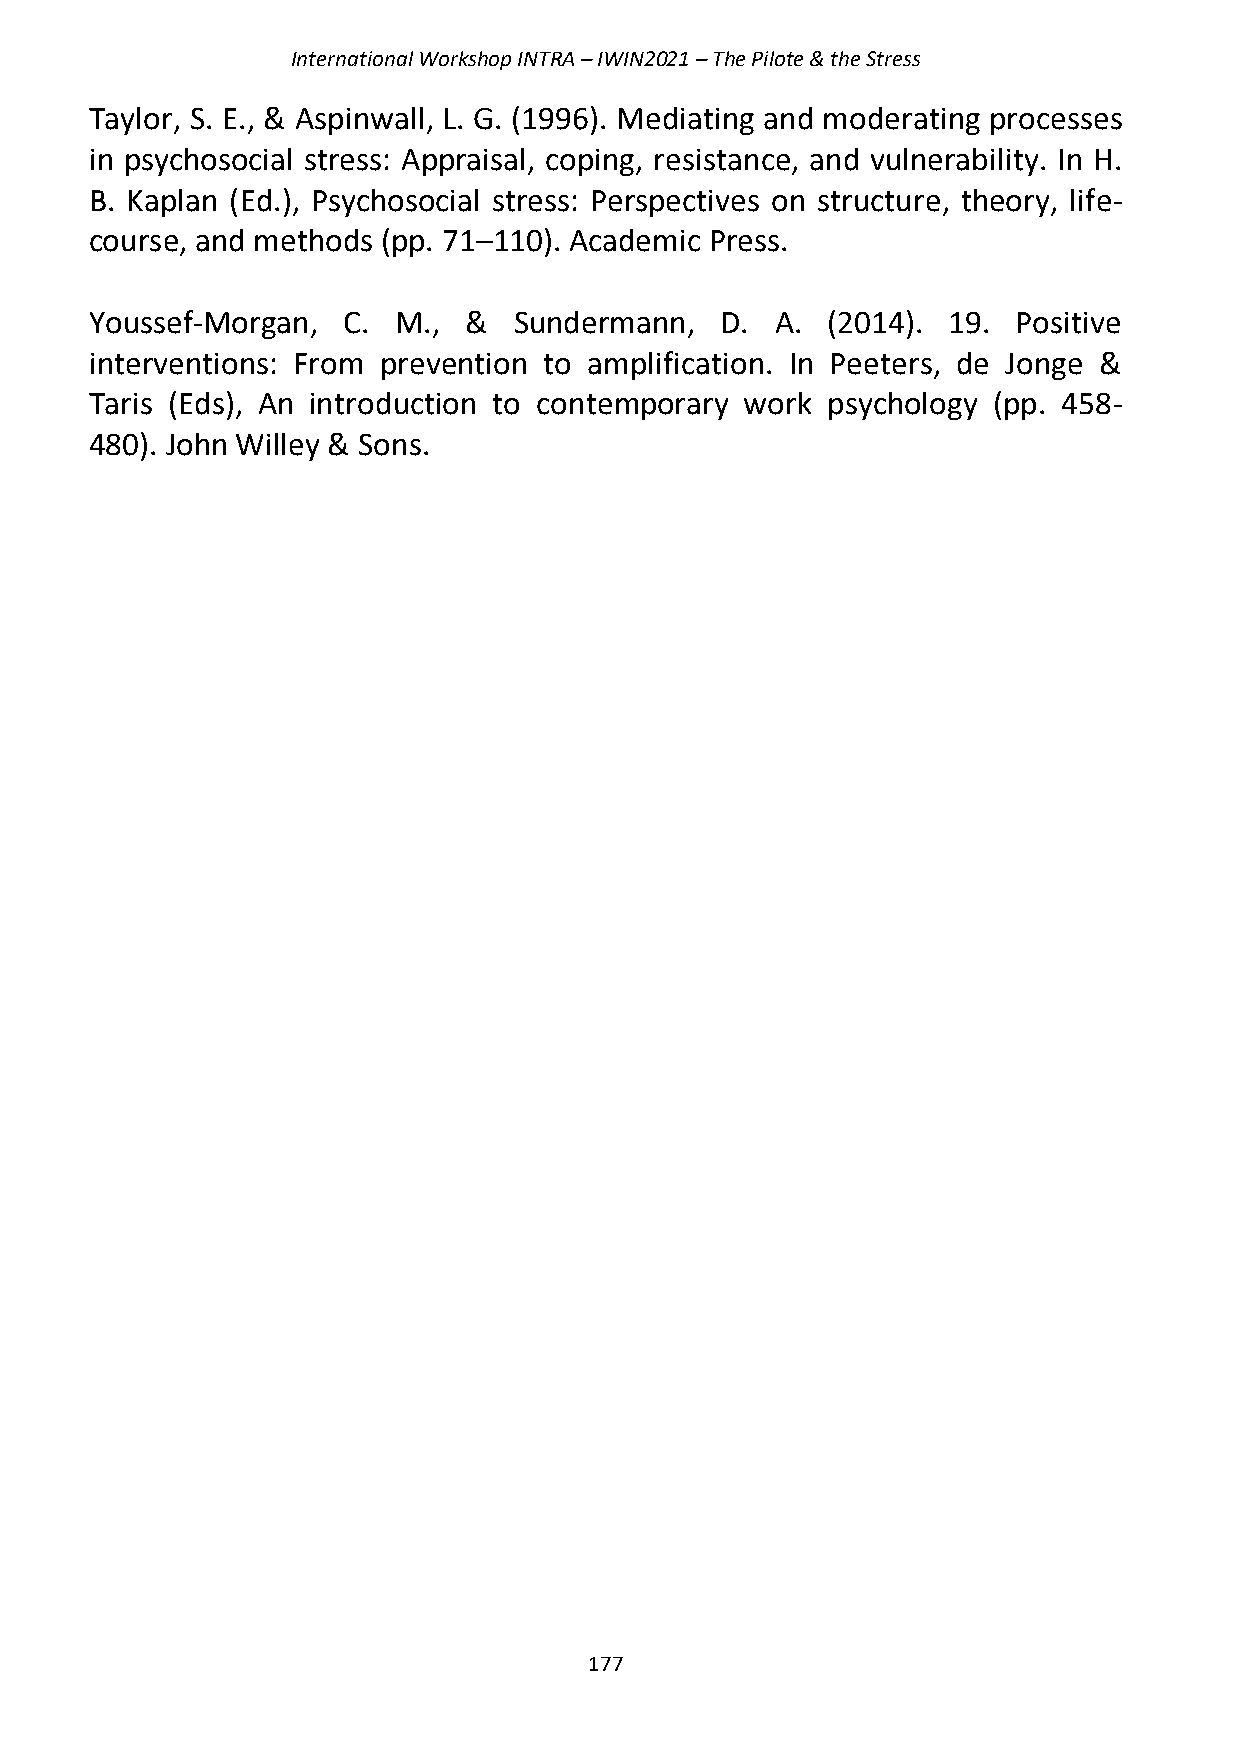
International Workshop INTRA – IWIN2021 – The Pilote & the Stress
 Taylor, S. E., & Aspinwall, L. G. (1996). Mediating and moderating processes
 in psychosocial stress: Appraisal, coping, resistance, and vulnerability. In H.
 B. Kaplan (Ed.), Psychosocial stress: Perspectives on structure, theory, life-
 course, and methods (pp. 71–110). Academic Press.
 Youssef-Morgan,  C. M.,  &  Sundermann,   D. A.  (2014). 19. Positive
 interventions: From prevention to amplification. In Peeters, de Jonge &
 Taris (Eds), An introduction to contemporary work psychology (pp. 458-
 480). John Willey & Sons.
 177